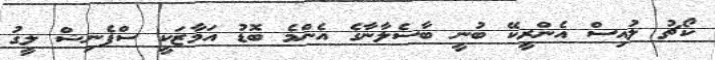
ކޯޗު ލުއިސް އެންރީކޭ ބުނީ ބާސެލާނާގެ އެންމެ ބޮޑު އަމާޒަކީ ސްޕެނިޝް ލީގު